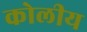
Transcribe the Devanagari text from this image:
कोलीय